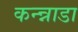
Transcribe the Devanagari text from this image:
कन्न्नाडा